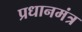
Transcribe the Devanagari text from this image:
प्रधानमंत्र